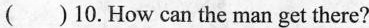
( )10.How can the man get there?